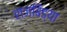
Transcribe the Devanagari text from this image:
राजबिंड्या